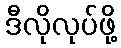
ဒီလိုလုပ်ဖို့